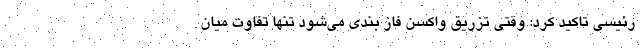
رئیسی تاکید کرد: وقتی تزریق واکسن فاز بندی می‌شود تنها تفاوت میان